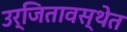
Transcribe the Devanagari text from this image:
उर्जितावस्थेत